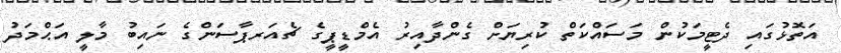
އަތޮޅުގައި ދެޓީމަކުން މަސައްކަތް ކުރިޔަށް ގެންދާއިރު އެމްޑީޕީގެ ޗެއަރޕާސަންގެ ނައިބު މާލީ އަޙްމަދު